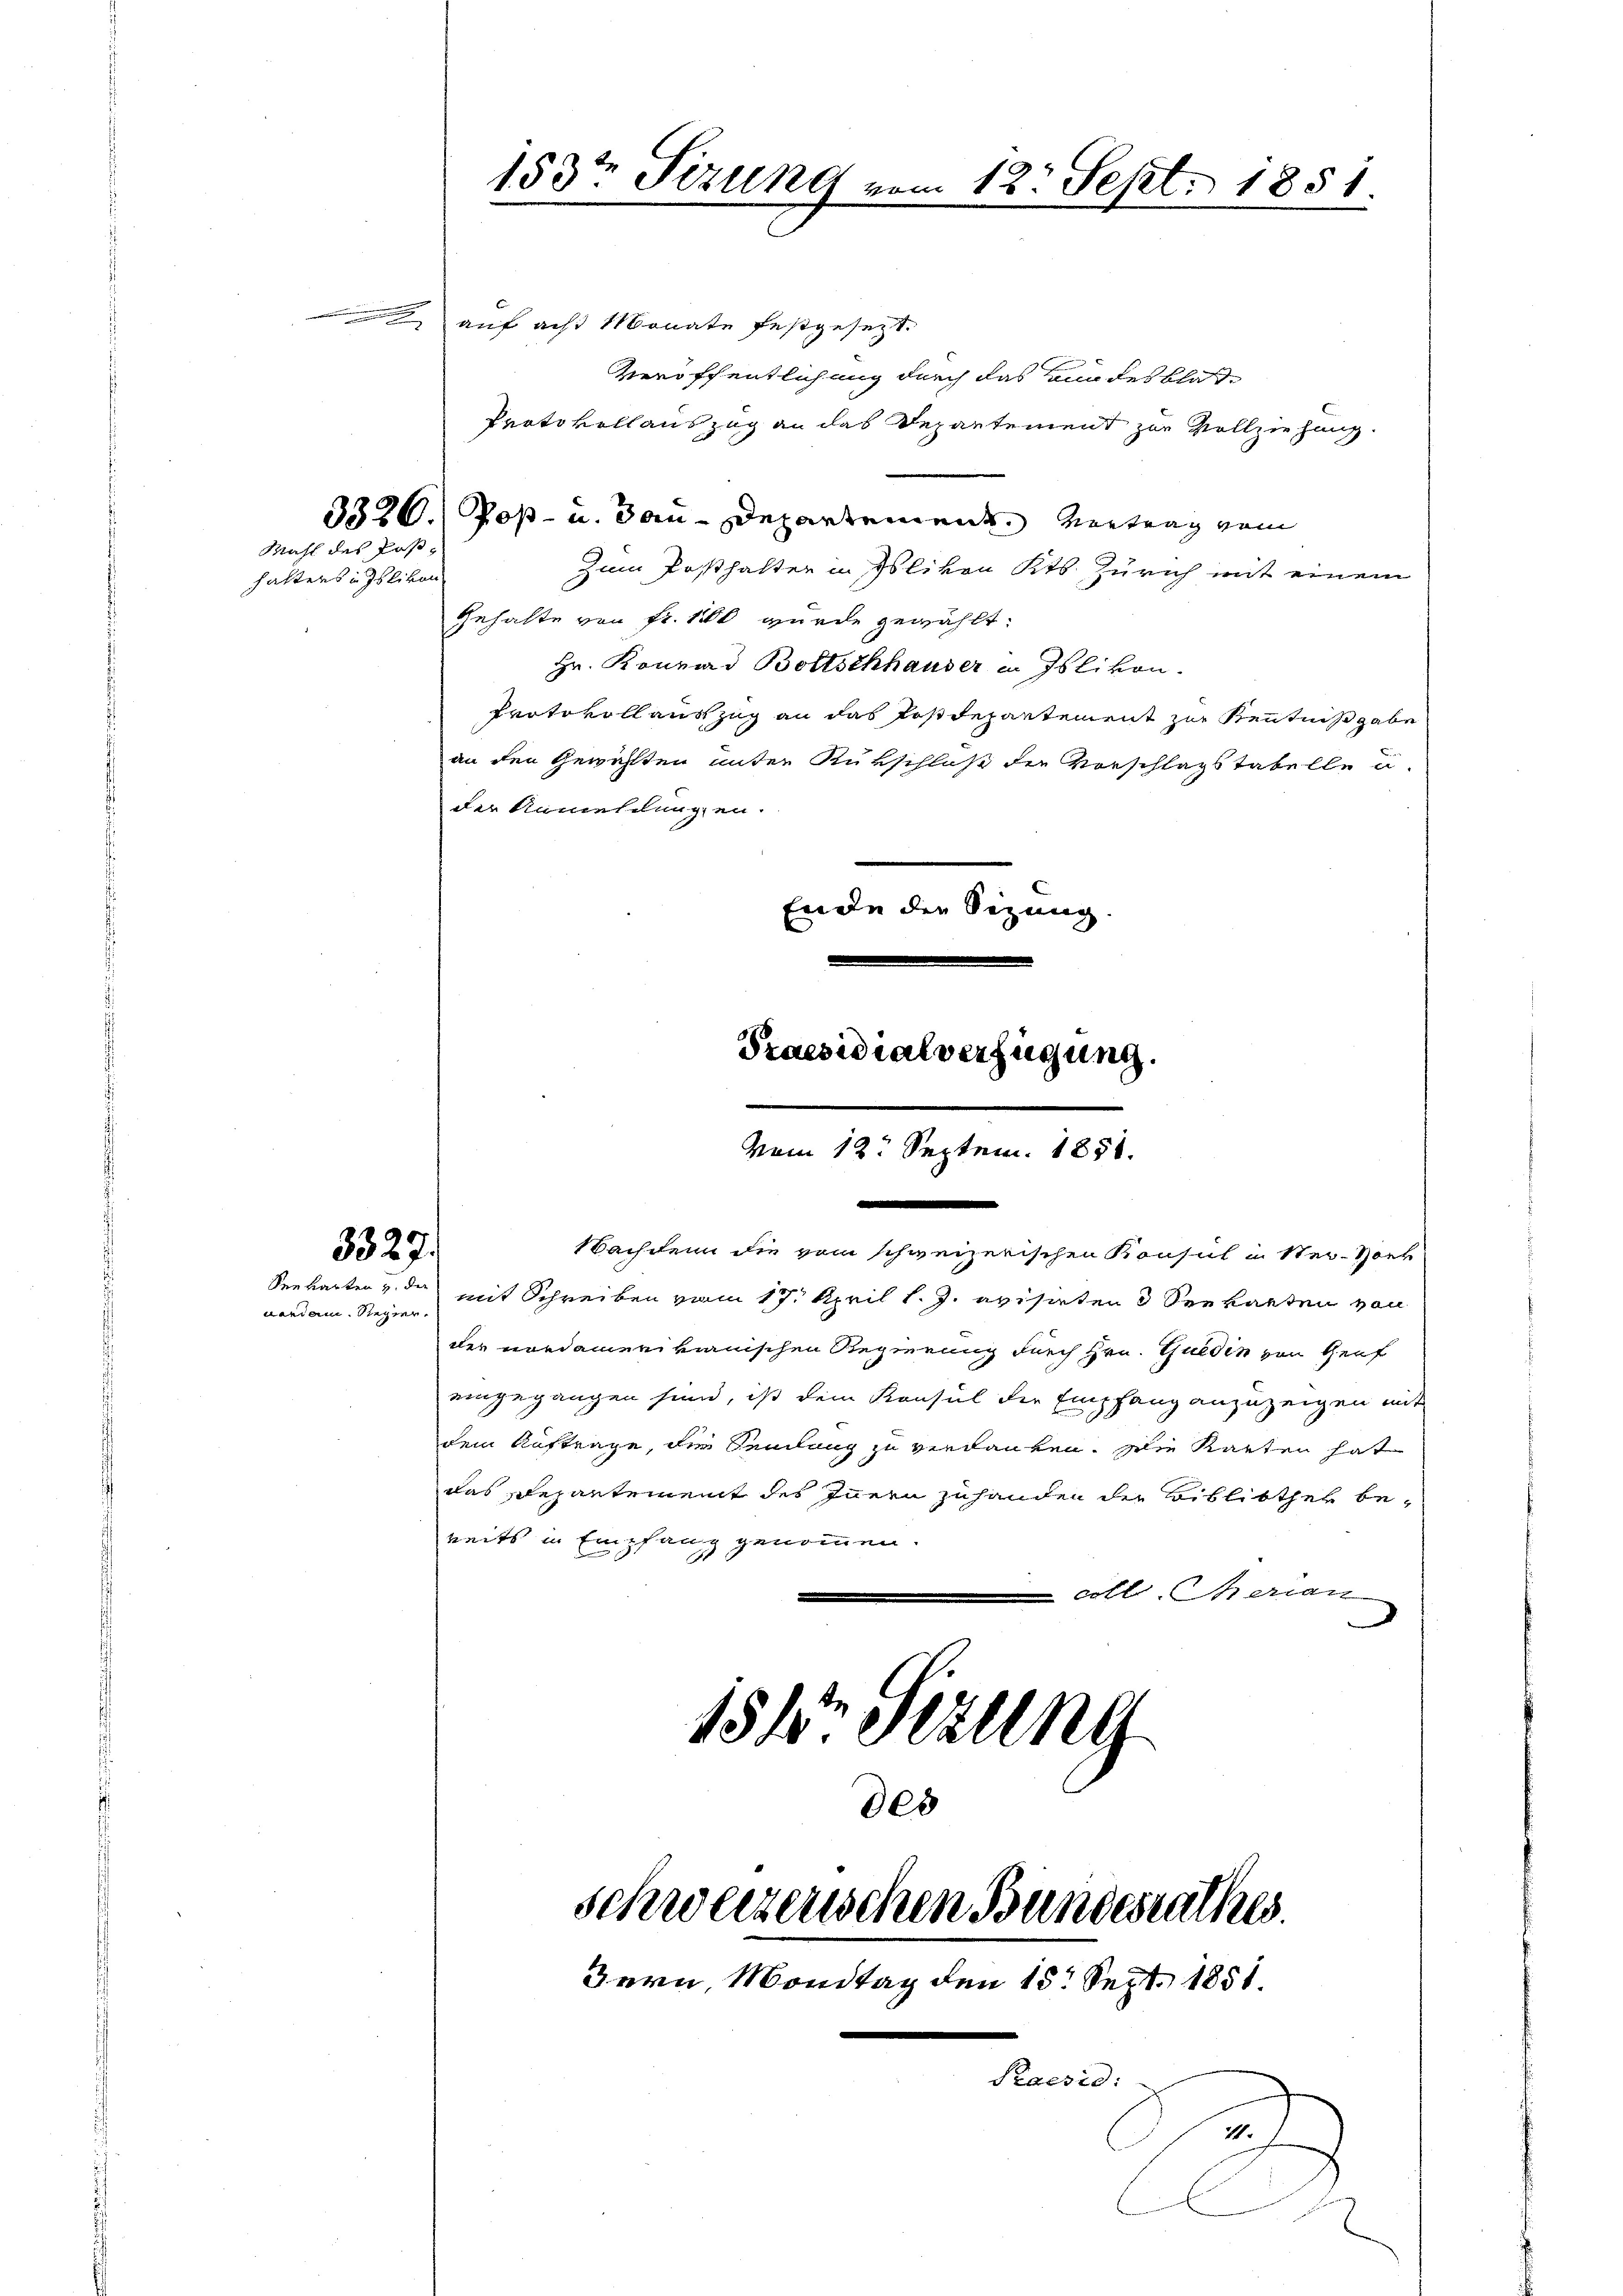
varian. Regier

Mahl des Poshaltens in Islikon

3327.

153te Sizung vom 12. Sept. 1851.

auf ach Monate festgesetzt.
Veröffentlichung durch das Bundesblat
Protokollauszug an das Departement zur Vollziehung.
3320.) Poß- u. Bau-Departement. Vertrag vom
Zum Posthalter in Islivon Kts. Zürich mit einem
Gehalte von Fr. 10 wurde gewählt:
Hr. Konrad Boltschhauser in Islikon.
Protokoll auszug an das Postdepartement zur Kenntnißgabe
an den Gewählten unter Rükschluß der Vorschlagstabelle u.
der Anmeldungen.
Ende der Sezung.

e
Vom 12. Septem. 1851.

Praesidialverfügung.

des
schweizerischen Bundesrathes.
Bern, Mondtag den 15. Sept. 1851.
.
Praesid:
e

.
Nachdem die vom schweizerischen Konsul in Ster-Hork
Senkarten u. der mit Schreiben vom 17. April l. J. avisirten 3 Seekarten von
der nordamerikanischen Regierung durch Hrn. Guldin von Genf
eingegangen sind, ist dem Konsul der Empfang anzuzeigen mit
dem Auftrage, die Samlung zu verdanken. Die Karten hat
das Departement des Innern zuhanden der Bibliother bereits in Empfang genommen.
 coll heran
152 Stzung